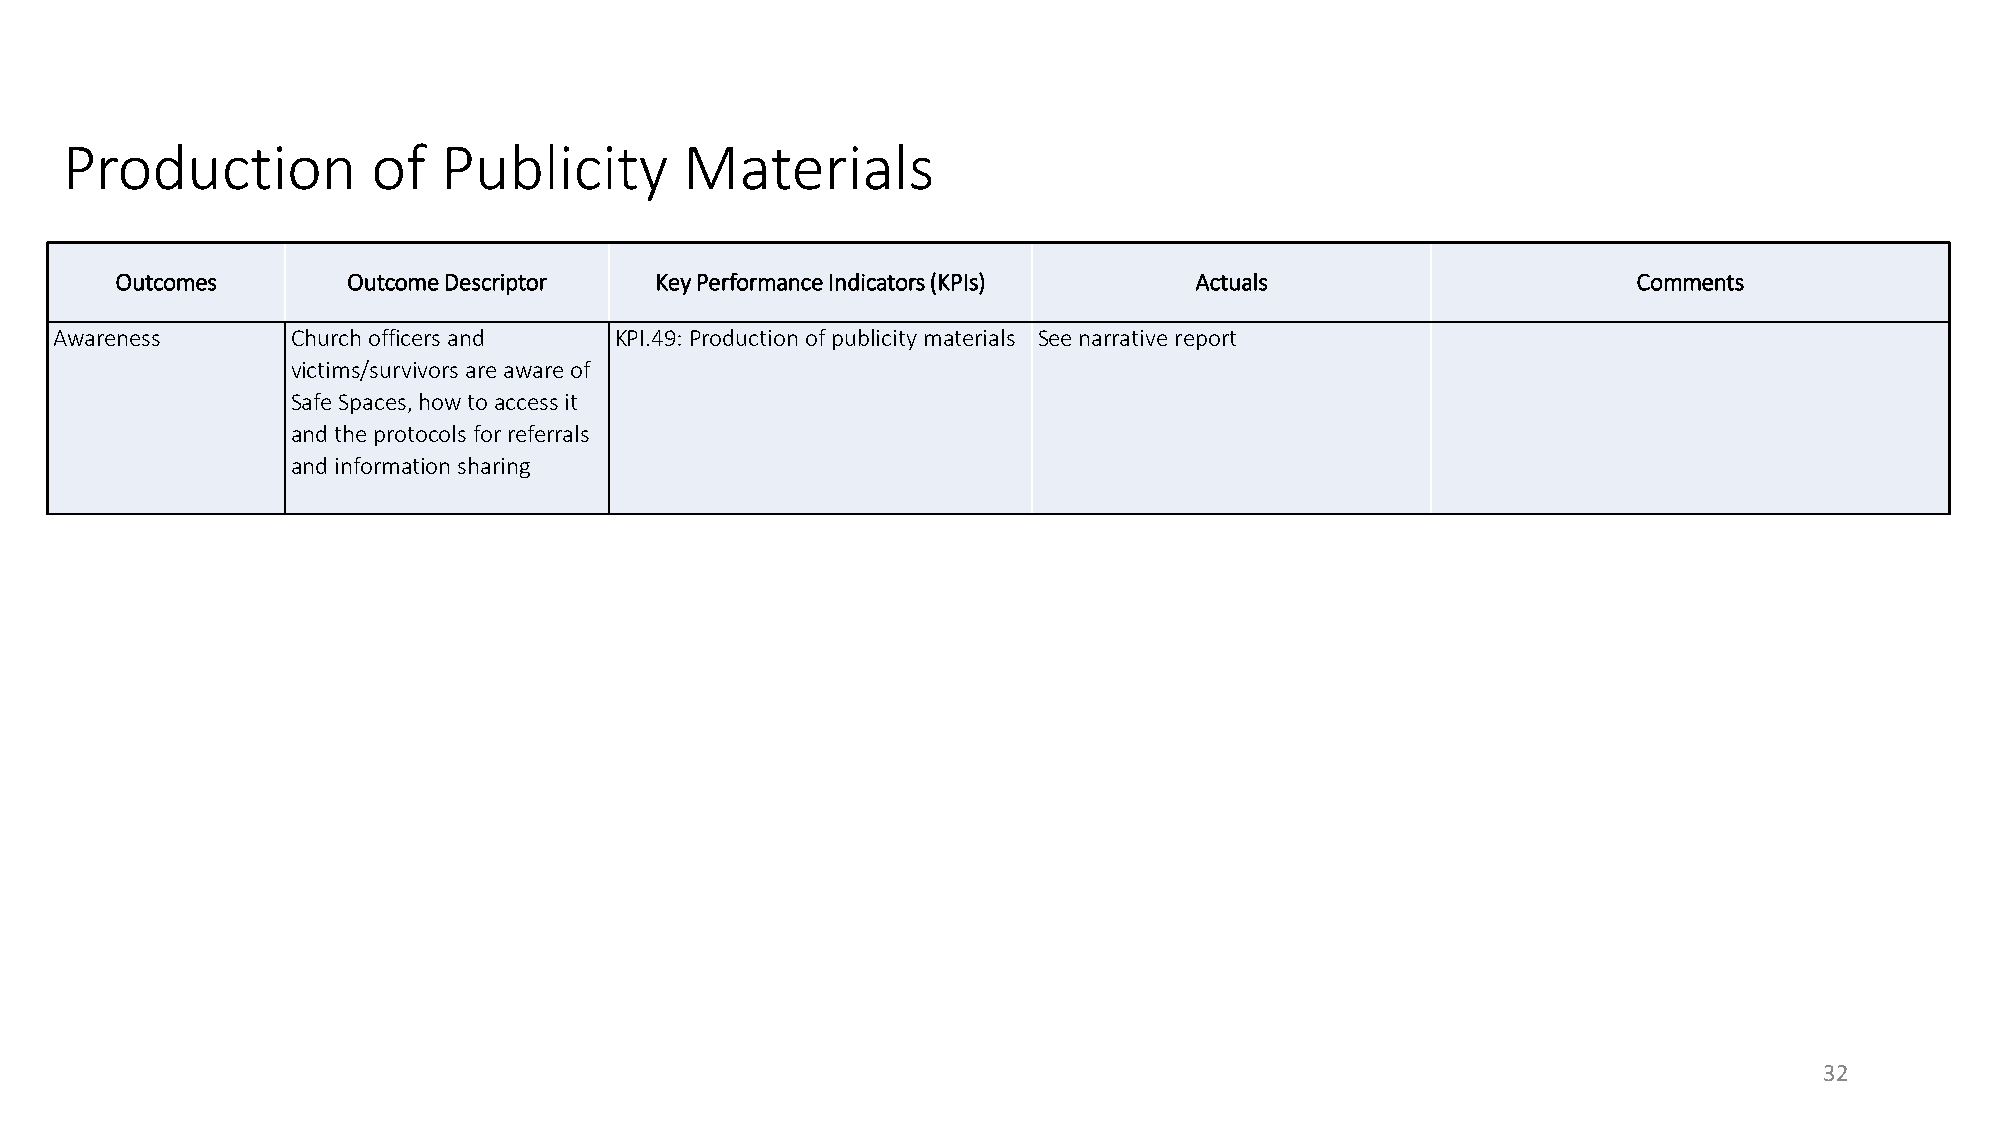
Production           of  Publicity       Materials
 Outcomes       Outcome Descriptor  Key Performance Indicators (KPIs)   Actuals                      Comments
 Awareness      Church officers and   KPI.49: Production of publicity materials See narrative report
 victims/survivors are aware of
 Safe Spaces, how to access it
 and the protocols for referrals
 and information sharing
 32